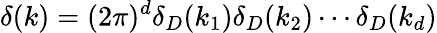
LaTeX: \delta(k)=(2\pi)^{d}\delta_{D}(k_{1})\delta_{D}(k_{2})\cdots\delta_{D}(k_{d})